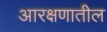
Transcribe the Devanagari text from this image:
आरक्षणातील